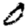
Digit: 0